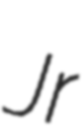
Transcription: Jr